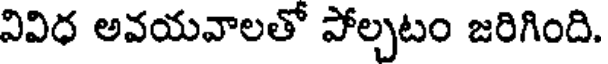
వివిధ అవయవాలతో పోల్చటం జరిగింది.